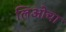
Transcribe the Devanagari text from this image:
लिओचा